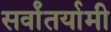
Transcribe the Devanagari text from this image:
सर्वांतर्यामी